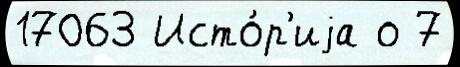
17063 Исто́р'иjа о 7